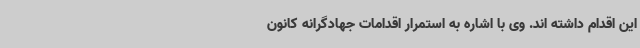
این اقدام داشته اند. وی با اشاره به استمرار اقدامات جهادگرانه کانون